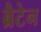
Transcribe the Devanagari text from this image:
ब्रैटेन